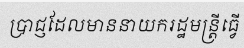
ប្រាជ្ញដែលមាននាយករដ្ឋមន្ត្រីធ្វើ